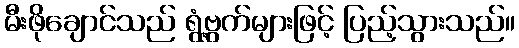
မီးဖိုချောင်သည် ရွံ့ဗွက်များဖြင့် ပြည့်သွားသည်။